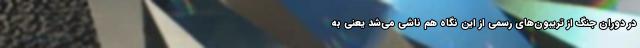
در دوران جنگ از تریبون‌های رسمی از این نگاه هم ناشی می‌شد یعنی به